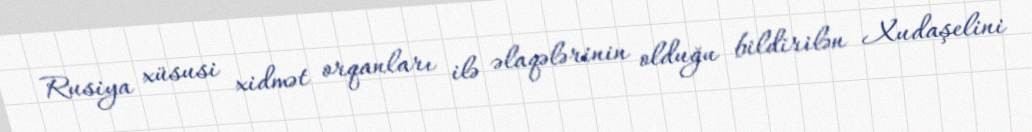
Rusiya xüsusi xidmət orqanları ilə əlaqələrinin olduğu bildirilən Xudaşelini